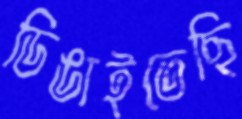
ডিঙাইতেছি